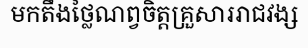
មកតឹងថ្លៃណព្វចិត្តគ្រួសាររាជវង្ស